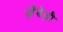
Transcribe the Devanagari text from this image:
ज़ैंबेज़ी